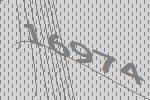
16974